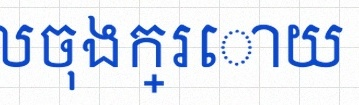
គណនាលទ្ធផលចុងក្រោយ